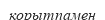
қорытпамен